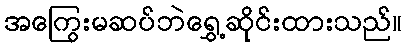
အကြွေးမဆပ်ဘဲရွှေ့ဆိုင်းထားသည်။